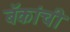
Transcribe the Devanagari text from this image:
बॅकांची